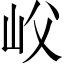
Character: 𡵛